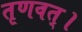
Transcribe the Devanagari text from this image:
तृणवत्।